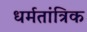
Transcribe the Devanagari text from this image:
धर्मतांत्रिक